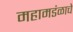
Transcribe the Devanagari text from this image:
महामडंळाचे